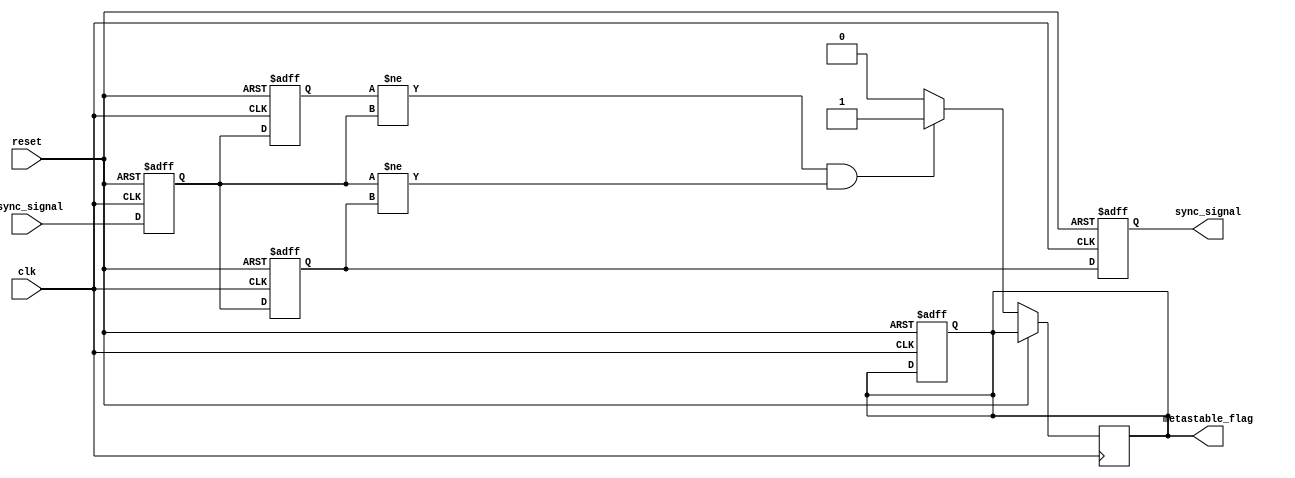
module metastability_detector (
    input wire clk,                // Synchronous clock signal
    input wire reset,              // Reset signal
    input wire async_signal,       // Asynchronous input signal
    output reg sync_signal,        // Synchronized output signal
    output reg metastable_flag     // Metastability indicator
);

    reg ff1;                       // First flip-flop
    reg ff2;                       // Second flip-flop
    reg ff1_prev;                  // Previous state of the first flip-flop

    always @(posedge clk or posedge reset) begin
        if (reset) begin
            ff1 <= 1'b0;           // Initialize first flip-flop to 0
            ff2 <= 1'b0;           // Initialize second flip-flop to 0
            metastable_flag <= 1'b0;// Clear metastable flag
        end else begin
            ff1 <= async_signal;    // Sample asynchronous signal
            ff2 <= ff1;             // Sample output of first flip-flop
        end
    end

    always @(posedge clk or posedge reset) begin
        if (reset) begin
            sync_signal <= 1'b0;    // Initialize sync_signal
            ff1_prev <= 1'b0;       // Initialize previous state of ff1
        end else begin
            sync_signal <= ff2;      // Update synchronized output signal
            ff1_prev <= ff1;         // Store the previous state of ff1

            // Detect metastability condition
            if (ff1_prev != ff1 && ff1 != ff2) begin
                metastable_flag <= 1'b1; // Metastability detected
            end else begin
                metastable_flag <= 1'b0; // Clear flag if stable
            end
        end
    end

endmodule